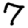
Digit: 7